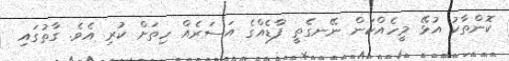
ކޮންތާކު އުޅޭ މީހެއްކަން ނޭނގެތީ ފާޑެއްގެ އަސަރެއް ހިތަށް ކުރި އެވެ. ގާތުގައި